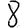
Digit: 8